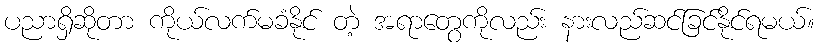
ပညာရှိဆိုတာ ကိုယ်လက်မခံနိုင် တဲ့ အရာတွေကိုလည်း နားလည်ဆင်ခြင်နိုင်ရမယ်။